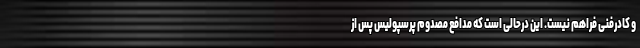
و کادرفنی فراهم نیست. این درحالی است که مدافع مصدوم پرسپولیس پس از